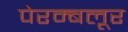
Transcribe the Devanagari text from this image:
पेरम्बलूर